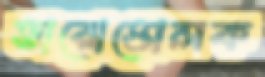
ভারোত্তোলক